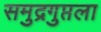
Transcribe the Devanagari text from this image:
समुद्रगुप्तला